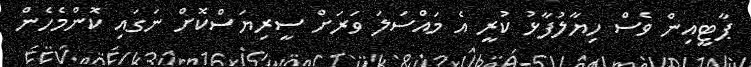
ޕާޓީއިން ވެސް ހިޔާލުފާޅު ކުރީ އެ މައްސަލަ ވަރަށް ސީރިޔަސްކޮށް ނަގައި ކޮންމެހެން